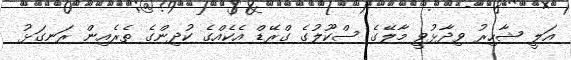
އަލީ ޝާހިރު ވިދާޅުވީ މާލޭގެ ސްކޫލުގެ ގްރޭޑް އެކެއްގެ ކުދިންގެ ތެރެއިން ރަނގަޅު